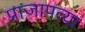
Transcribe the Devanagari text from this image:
प्राजापत्या